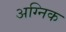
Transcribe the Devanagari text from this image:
अग्निक